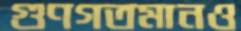
গুণগতমানও